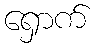
ရှောက်